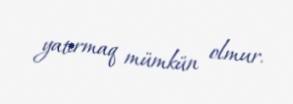
yatırmaq mümkün olmur.